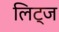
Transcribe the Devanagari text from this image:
लिट्ज